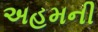
અહમની